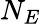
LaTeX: N_{E}